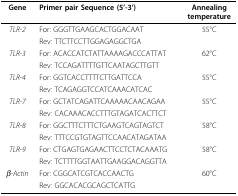
| Gene | Primer pair Sequence (5'-3') | Annealingtemperature |
 | --- | --- | --- |
 | TLR-2 | For: GGGTTGAAGCACTGGACAAT | 55°C |
 |  | Rev: TTCTTCCTTGGAGAGGCTGA |  |
 | TLR-3 | For: ACACCATCTATTAAAAGACCCATTAT | 62°C |
 |  | Rev: TCCAGATTTTGTTCAATAGCTTGTT |  |
 | TLR-4 | For: GGTCACCTTTTCTTGATTCCA | 55°C |
 |  | Rev: TCAGAGGTCCATCAAACATCAC |  |
 | TLR-7 | For: GCTATCAGATTCAAAAACAACAGAA | 55°C |
 |  | Rev: CACAAACACCTTTGTAGATCACTTCT |  |
 | TLR-8 | For: GGCTTTCTTTCTGAAGTCAGTAGTCT | 58°C |
 |  | Rev: TTTCCGTGTAGTTCCAACATAGATAA |  |
 | TLR-9 | For: CTGAGTGAGAACTTCCTCTACAAATG | 58°C |
 |  | Rev: TCTTTTGGTAATTGAAGGACAGGTTA |  |
 | β-Actin | For: CGGCATCGTCACCAACTG | 60°C |
 |  | Rev: GGCACACGCAGCTCATTG |  |